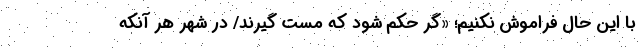
با اين حال فراموش نكنيم؛ «گر حكم شود كه مست گيرند/ در شهر هر آنكه